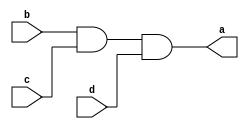
//-- Miller - 449048
//-- Arquitetura de Coputadores
//-- Professor Theldo
//-- Guia 03
//-- Exercicio 4

//-- Portas AND
module S1 ( output[1:0]a,
            input[1:0]b,
            input[1:0]c,
				input[1:0]d );
				
assign a = b & c & d;
endmodule

module S2 ( output[1:0]d,
            input[1:0]e,
            input[1:0]f );
				
assign d = e & f;
endmodule

module S3 ( output[1:0]g,
            input[1:0]h,
            input[1:0]i,
				input[1:0]k );
				
assign g = h & i & k;
endmodule

module S4 ( output[1:0]j,
            input[1:0]k,
            input[1:0]l,
				input[1:0]m );
				
assign j = k & l & m;
endmodule



//-- Porta OR

module S5 ( output[1:0]m,
            input[1:0]n,
            input[1:0]o );
				
assign m = n | o;
endmodule


//-- Porta XOR
module S6 ( output[1:0]p,
            input[1:0]q,
            input[1:0]r );
				
assign p = q ^ r;
endmodule

//-- Porta XNOR
module S7 ( output[1:0]s,
            input[1:0]t,
            input[1:0]u );
				
assign s = ~(t^u);
endmodule


//-- Porta NOR 
module S8 ( output[1:0]w,
            input[1:0]y,
            input[1:0]a );
				
assign w = ~(y|a);
endmodule


//-- Porta OR *4 Entradas * SAIDA FINAL
module S9 ( output[1:0]a,
            input[1:0]b,
				input[1:0]c,
            input[1:0]d,
            input[1:0]e );
				
assign a = b | c | d | e;
endmodule



module exec4;


reg	[1:0] a;//-- Entrada A
reg	[1:0] b;//-- Entrada B
reg	[1:0] c;//-- Chave 00/11
wire	[1:0] d;
wire	[1:0] e;
wire	[1:0] f;
wire	[1:0] g;
wire	[1:0] h;
wire	[1:0] i;
wire	[1:0] j;
wire	[1:0] k;
wire	[1:0] m;


S5 modulo5(d, a, b);//-- OR
S1 modulo1(e, d, ~c, ~c);//-- AND

S8 modulo8(f, a, b);//-- NOR
S2 modulo2(g, c, ~c);//-- AND

S6 modulo6(h, a, b);//-- XOR
S3 modulo3(i, h, c, ~c);//-- AND 

S7 modulo7(j, a, b);//-- XNOR
S4 modulo4(k, j, c, c);//--AND

S9 modulo9(m, k, i, g, e);//-- SAIDA

initial begin:start
c=2'b00; a=00; b=00;
end

initial begin 
$display("Miller - 449048"); 
$display("Guia 3 - Exercicio 4");
$display("Chave 00 = Porta OR");
$display("");
$monitor("Entradas %b e %b . Saida = %b ", a, b, m);
#1	a=2'b00; b=2'b01;
#1	a=2'b10; b=2'b01;
#1	a=2'b01; b=2'b01;
#1	a=2'b10; b=2'b00;
#1	a=2'b00; b=2'b11;
#1	a=2'b11; b=2'b01;
#1	a=2'b10; b=2'b10;
#1	a=2'b11; b=2'b11;
#1


$display("");
$display("Chave 01 = Porta NOR");
#2 c=2'b01; a=00; b=00;
$display("");
$monitor("Entradas %b e %b . Saida = %b ", a, b, m);
#2	a=2'b00; b=2'b01;
#2	a=2'b10; b=2'b01;
#2	a=2'b01; b=2'b01;
#2	a=2'b10; b=2'b00;
#2	a=2'b00; b=2'b11;
#2	a=2'b11; b=2'b01;
#2	a=2'b10; b=2'b10;
#2	a=2'b11; b=2'b11;
#2


$display("");
$display("Chave 10 = Porta XOR");
#3 c=2'b10; a=00; b=00;
$display("");
$monitor("Entradas %b e %b . Saida = %b ", a, b, m);
#3	a=2'b00; b=2'b01;
#3	a=2'b10; b=2'b01;
#3	a=2'b01; b=2'b01;
#3	a=2'b10; b=2'b00;
#3	a=2'b00; b=2'b11;
#3	a=2'b11; b=2'b01;
#3	a=2'b10; b=2'b10;
#3	a=2'b11; b=2'b11;
#3

$display("");
$display("Chave 11 = Porta XNOR");
#4 c=2'b11; a=00; b=00;
$display("");
$monitor("Entradas %b e %b . Saida = %b ", a, b, m);
#4	a=2'b00; b=2'b01;
#4	a=2'b10; b=2'b01;
#4	a=2'b01; b=2'b01;
#4	a=2'b10; b=2'b00;
#4	a=2'b00; b=2'b11;
#4	a=2'b11; b=2'b01;
#4	a=2'b10; b=2'b10;
#4	a=2'b11; b=2'b11;

end
endmodule

//-- Theldo deu erro nas portas 01 e 00, eu nao sei como que separa uma entrada de 2 bits
//-- para 2 saidas de 1 bit cada e depois juntar 2 saidas de 1 bit cada e formar uma de 2.